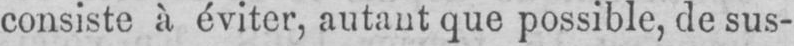
consiste à éviter, autant que possible, de sus-